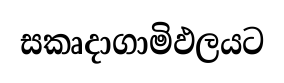
සකෘදාගාමිඵලයට